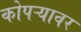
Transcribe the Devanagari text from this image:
कोपऱ्यावर